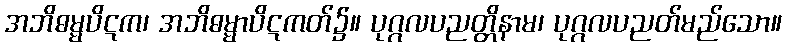
အဘိဓမ္မပိဋက၊ အဘိဓမ္မာပိဋကတ်၌။ ပုဂ္ဂလပညတ္တိနာမ၊ ပုဂ္ဂလပညတ်မည်သော။